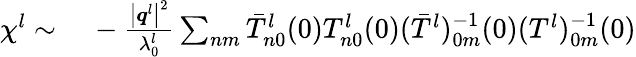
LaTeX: \begin{array}{rl}{\chi^{l}\sim}&{{}\, -\frac{\big\vert\boldsymbol{q}^{l}\big\vert^{2}}{\lambda_{0}^{l}}\sum_{nm}{\bar{T}_{n0}^{l}(0)T_{n0}^{l}(0)(\bar{T}^{l})_{0m}^{-1}(0)(T^{l})_{0m}^{-1}(0)}}\end{array}